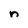
Character: n